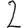
Digit: 2